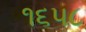
૧૬૫૮